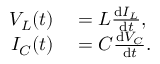
\begin{array} { r l } { V _ { L } ( t ) } & { { } = L { \frac { \mathrm { d } I _ { L } } { \mathrm { d } t } } , } \\ { I _ { C } ( t ) } & { { } = C { \frac { \mathrm { d } V _ { C } } { \mathrm { d } t } } . } \end{array}